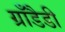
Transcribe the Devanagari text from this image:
ग्राँडैडी